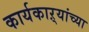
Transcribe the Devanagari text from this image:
कार्यकाऱ्यांच्या